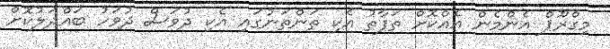
މިގްރޫޕް އެންމެން އެއްކޮށް ތަފާތު އެކި ތަންތަނުގައި އެކި ދުވަސް ދުވަހު ބައްދަލުކޮށް